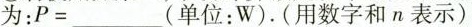
为：P= ___单位：W).(用数字和n表示)